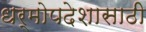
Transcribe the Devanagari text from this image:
धर्मोपदेशासाठी